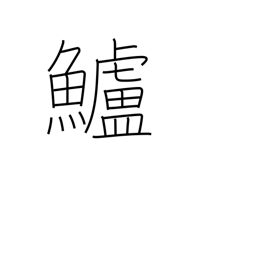
Meaning: sea bass